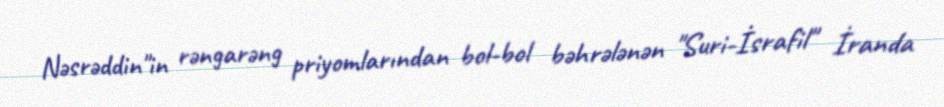
Nəsrəddin"in rəngarəng priyomlarından bol-bol bəhrələnən "Suri-İsrafil" İranda